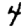
Digit: 4